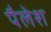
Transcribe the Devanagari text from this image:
पैलेश